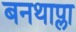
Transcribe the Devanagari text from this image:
बनथाप्ला